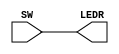
module PS2_ZAD1 (SW, LEDR);
input [9:0] SW; // przeczniki
output [9:0] LEDR; // czerwone LEDs
assign LEDR = SW;
endmodule